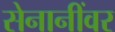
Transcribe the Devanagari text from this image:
सेनानींवर